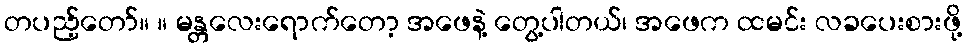
တပည့်တော်။ ။ မန္တလေးရောက်တော့ အဖေနဲ့ တွေ့ပါတယ်၊ အဖေက ထမင်း လခပေးစားဖို့